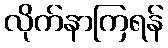
လိုက်နာကြရန်